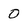
Character: 0